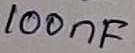
Text: 100nF